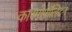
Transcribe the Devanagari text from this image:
कास्मोपॉलिटन